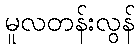
မူလတန်းလွန်